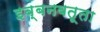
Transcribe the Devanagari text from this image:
इब्बनबतूता